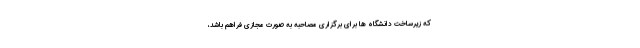
که زیرساخت دانشگاه ها برای برگزاری مصاحبه به صورت مجازی فراهم باشد،